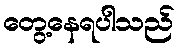
တွေ့နေရပါသည်